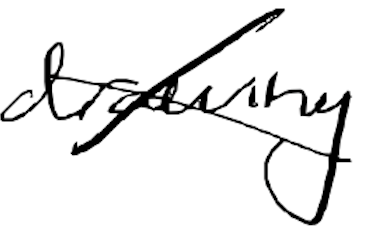
Text: drawing
Cross-out: cross
Writing tool: digital_black